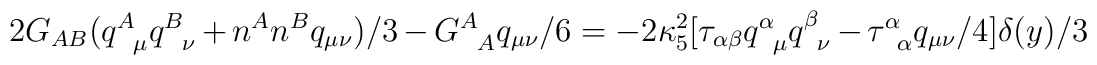
2G_{AB}(q^{A}_{\phantom{A}\mu}q^{B}_{\phantom{B}\nu}+n^{A}n^{B}q_{\mu\nu})/3-G^{A}_{\phantom{A}A}q_{\mu\nu}/6=-2\kappa^2_5[\tau_{\alpha \beta}q^{\alpha}_{\phantom{\alpha}\mu}q^{\beta}_{\phantom{\beta}\nu}-\tau^{\alpha}_{\phantom{\alpha}\alpha}q_{\mu\nu}/4]\delta(y)/3